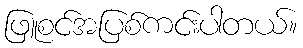
ဖြူစင်အပြစ်ကင်းပါတယ်။